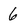
Character: 6